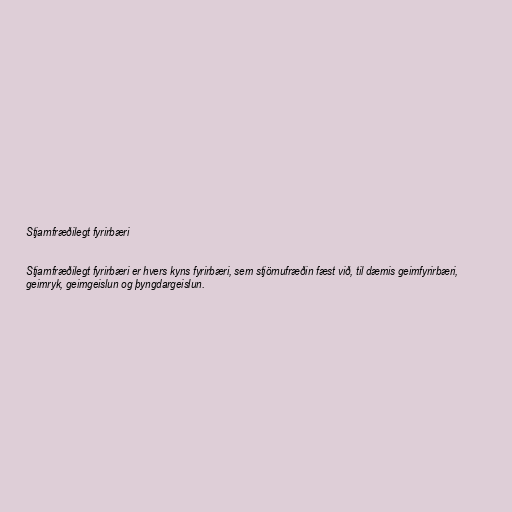
Stjarnfræðilegt fyrirbæri

Stjarnfræðilegt fyrirbæri er hvers kyns fyrirbæri, sem stjörnufræðin fæst við, til dæmis geimfyrirbæri,
geimryk, geimgeislun og þyngdargeislun.